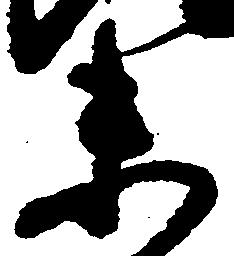
未